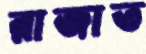
রাজাত